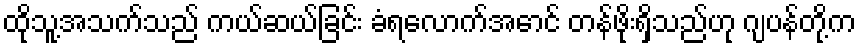
ထိုသူ့အသက်သည် ကယ်ဆယ်ခြင်း ခံရလောက်အောင် တန်ဖိုးရှိသည်ဟု ဂျပန်တို့က